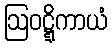
ဩဝဋ္ဋိကာယံ